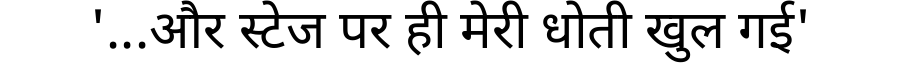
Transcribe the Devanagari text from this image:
'...और स्टेज पर ही मेरी धोती खुल गई'